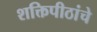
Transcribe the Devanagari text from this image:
शक्तिपीठांचे